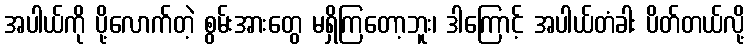
အပါယ်ကို ပို့လောက်တဲ့ စွမ်းအားတွေ မရှိကြတော့ဘူး၊ ဒါကြောင့် အပါယ်တံခါး ပိတ်တယ်လို့